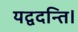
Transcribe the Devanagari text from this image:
यद्वदन्ति।